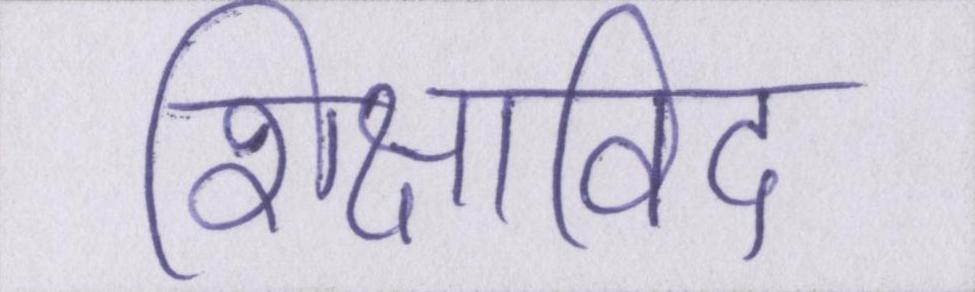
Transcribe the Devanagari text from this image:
शिक्षाविद